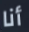
أنا